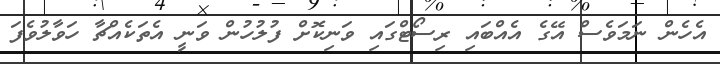
އެހެން ނަމަވެސް އޭގެ އެއްބައި ރިސޯޓްގައި ވަނިކޮށް ފުލުހުން ވަނީ އެތަކެއްޗާ ހަވާލުވެފަ